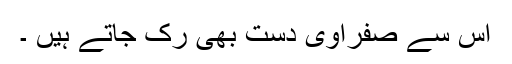
اس سے صفراوی دست بھی رک جاتے ہیں ۔